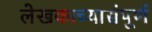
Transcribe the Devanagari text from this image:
लेखकाच्यासंपूर्ण